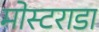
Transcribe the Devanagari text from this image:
मोस्टराडा